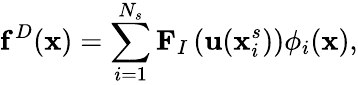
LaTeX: \mathbf{f}^{D}(\mathbf{x})=\sum_{i=1}^{N_{s}}\mathbf{F}_{I}\left(\mathbf{u}(\mathbf{x}_{i}^{s})\right){\phi}_{i}(\mathbf{x}),